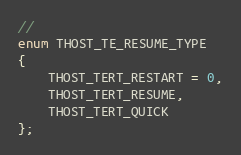
Language: C
//
enum THOST_TE_RESUME_TYPE
{
	THOST_TERT_RESTART = 0,
	THOST_TERT_RESUME,
	THOST_TERT_QUICK
};